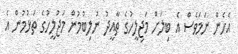
އެހެން ނަމަވެސް އެ ބިލަށް މަޖިލީހުގެ ތާއީދު ނުލިބުމުން މަޖުލީހުގެ ތަޅުމުން އެ